Source: Handwritten
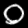
Digit: ၀ (0)